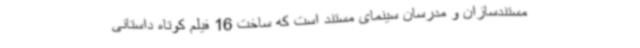
مستندسازان و مدرسان سینمای مستند است که ساخت 16 فیلم کوتاه داستانی